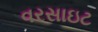
વરસાઇટ